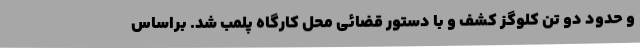
و حدود دو تن کلوگز کشف و با دستور قضائی محل کارگاه پلمب شد. براساس